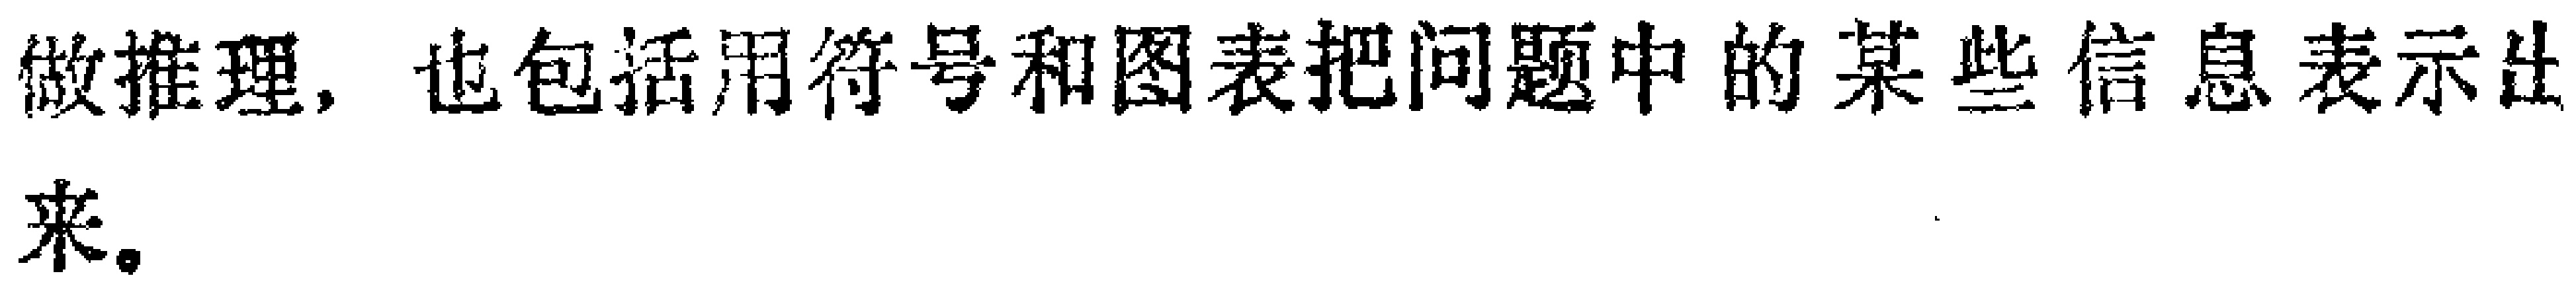
做推理，也包括用符号和图表把问题中的某些信息表示出来。